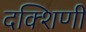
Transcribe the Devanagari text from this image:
दक्शिणी